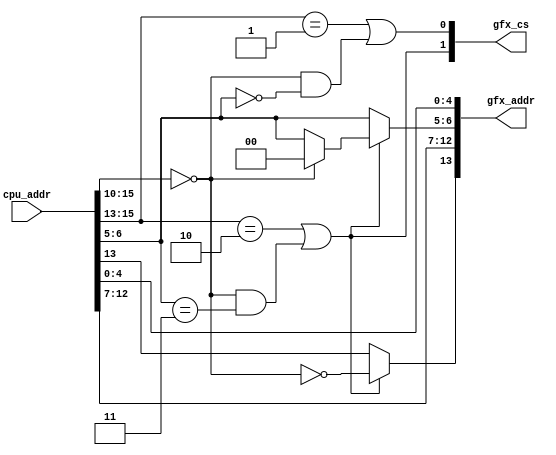
/*  This file is part of JTCORES.
    JTCORES program is free software: you can redistribute it and/or modify
    it under the terms of the GNU General Public License as published by
    the Free Software Foundation, either version 3 of the License, or
    (at your option) any later version.

    JTCORES program is distributed in the hope that it will be useful,
    but WITHOUT ANY WARRANTY; without even the implied warranty of
    MERCHANTABILITY or FITNESS FOR cpu_addr PARTICULAR PURPOSE.  See the
    GNU General Public License for more details.

    You should have received a copy of the GNU General Public License
    along with JTCORES.  If not, see <http://www.gnu.org/licenses/>.

    Author: Jose Tejada Gomez. Twitter: @topapate
    Version: 1.0
    Date: 27-6-2020 */

// This is the custom address decoder
// It originally split the bus depending on the E/Q phases
// That is not needed here

// I don't understand how the 007452 (divider chip) is selected
// without selecting the GFX chip

module jtcontra_007766(
    input      [15:0]  cpu_addr, // only bits 15-10 and 6-5 were used
    output reg [ 1:0]  gfx_cs,
    output reg [13:0]  gfx_addr
);

reg cfg_cs;

always @(*) begin
    cfg_cs = cpu_addr[15:10]==6'd0;
    gfx_cs[0] = cpu_addr[15:13]==3'b001 || ( cfg_cs && cpu_addr[6:5]==2'b00); // 2000-3FFF and 0000-001F
    gfx_cs[1] = cpu_addr[15:13]==3'b010 || ( cfg_cs && cpu_addr[6:5]==2'b11); // 4000-5FFF and 0060-007F

    gfx_addr[13:0] = cpu_addr[13:0];
    if( gfx_cs[1] ) begin
        gfx_addr[ 13] = ~cfg_cs;
        //gfx_addr[ 12] = ~gfx_addr[12];
        if(cfg_cs) gfx_addr[6:5] = 2'b0;
    end
end

endmodule